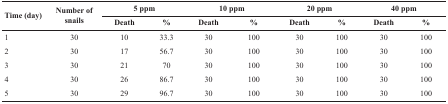
<table><thead><tr><td rowspan="2"><b>Time (day)</b></td><td rowspan="2"><b>Number of snails</b></td><td colspan="2"><b>5 ppm</b></td><td colspan="2"><b>10 ppm</b></td><td colspan="2"><b>20 ppm</b></td><td colspan="2"><b>40 ppm</b></td></tr><tr><td><b>Death</b></td><td><b>%</b></td><td><b>Death</b></td><td><b>%</b></td><td><b>Death</b></td><td><b>%</b></td><td><b>Death</b></td><td><b>%</b></td></tr></thead><tbody><tr><td>1</td><td>30</td><td>10</td><td>33.3</td><td>30</td><td>100</td><td>30</td><td>100</td><td>30</td><td>100</td></tr><tr><td>2</td><td>30</td><td>17</td><td>56.7</td><td>30</td><td>100</td><td>30</td><td>100</td><td>30</td><td>100</td></tr><tr><td>3</td><td>30</td><td>21</td><td>70</td><td>30</td><td>100</td><td>30</td><td>100</td><td>30</td><td>100</td></tr><tr><td>4</td><td>30</td><td>26</td><td>86.7</td><td>30</td><td>100</td><td>30</td><td>100</td><td>30</td><td>100</td></tr><tr><td>5</td><td>30</td><td>29</td><td>96.7</td><td>30</td><td>100</td><td>30</td><td>100</td><td>30</td><td>100</td></tr></tbody></table>